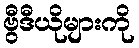
ဗွီဒီယိုများကို